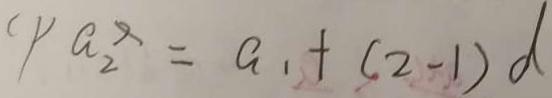
( 1 ) a ^ { x } _ { 2 } = a _ { 1 } + ( 2 - 1 ) d